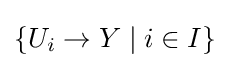
\lbrace U_{i}\to Y\mid i\in I\rbrace